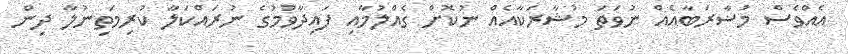
އެއްވެސް މުޟާރަބާއެއް ނުވަތަ މުޝާރަކާއެއް ނުކޮށް ގެއްލުމާއި ފައިދާވުމުގެ ނުރައްކަލާ ކުރިމަތިނުލާ ދިން